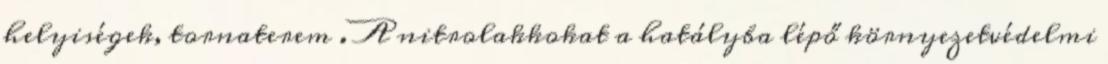
helyiségek, tornaterem . A nitrolakkokat a hatályba lépő környezetvédelmi